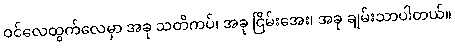
ဝင်လေထွက်လေမှာ အခု သတိကပ်၊ အခု ငြိမ်းအေး၊ အခု ချမ်းသာပါတယ်။